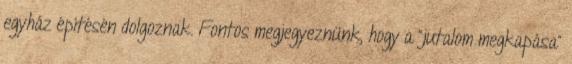
egyház építésén dolgoznak. Fontos megjegyeznünk, hogy a “jutalom megkapása”